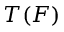
T ( F )